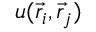
u ( \vec { r } _ { i } , \vec { r } _ { j } )